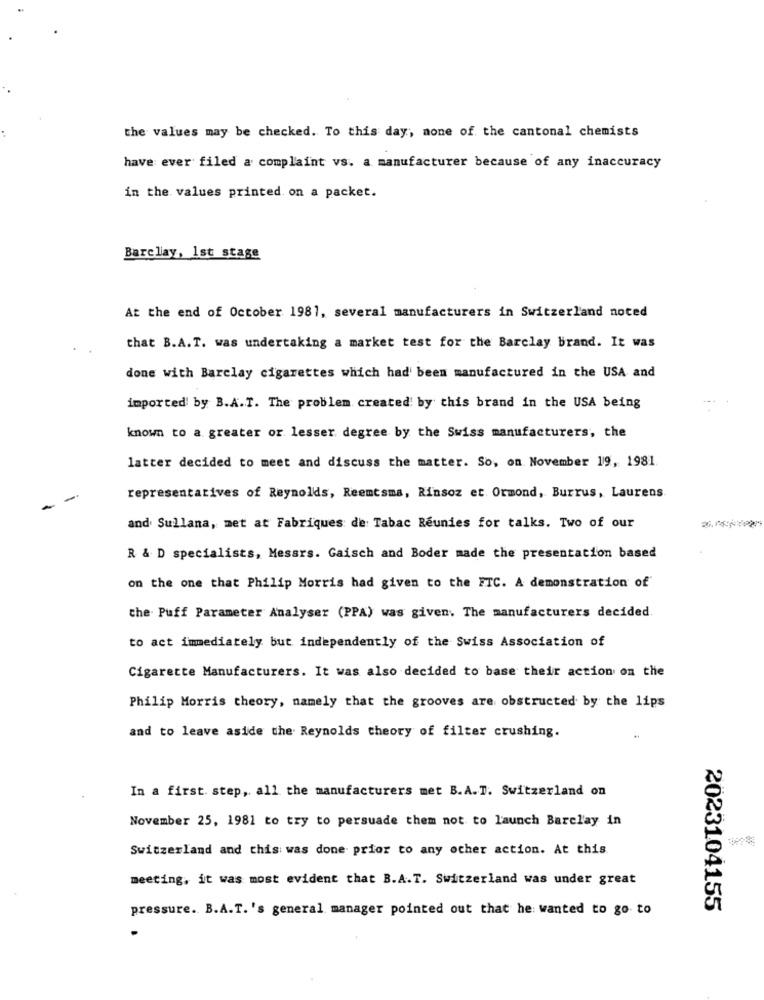
the values may be checked. To this day, none of the cantonal chemists
have ever filed a complaint vs. a manufacturer because of any inaccuracy
in the values printed on a packet.
Barclay, 1st stage
At the end of October 1981, several manufacturers in Switzerland noted
that B.A.T. was undertaking a market test for the Barclay brand. It was
done with Barclay cigarettes which had been manufactured in the USA and
imported by B.A.T. The problem created by this brand in the USA being
known to a greater or lesser degree by the Swiss manufacturers, the
latter decided to meet and discuss the matter. So, on November 19, 1981
representatives of Reynolds, Reemtsma, Rinsoz et. Ormond, Burrus, Laurens
and Sullana, met at Fabriques de Tabac Réunies for talks. Two of our
R & D specialists, Mesars. Gaisch and Boder made the presentation based
on the one that Philip Morris had given to the ETC. A demonstration of
the Puff Parameter Analyser (PPA) was given. The manufacturers decided
to act immediately but independently of the Swiss Association of
Cigarette Manufacturers. It was also decided to base their action on the
Philip Morris theory, namely that the grooves are obstructed by the lips
and to leave aside the Reynolds theory of filter crushing.
In a first step, all the manufacturers met B.A.T. Switzerland on
November 25, 1981 to try to persuade them not to launch Barclay in
Switzerland and this was done prior to any other action. At this.
meeting, it was most evident that B.A.T. Switzerland was under great
pressure. B.A.T. 's general manager pointed out that he wanted to go to
2023104155